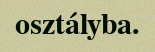
osztályba.